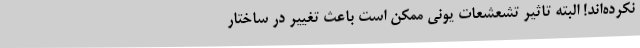
نکرده‌اند! البته تاثیر تشعشعات یونی ممکن است باعث تغییر در ساختار